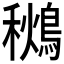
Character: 𪃩